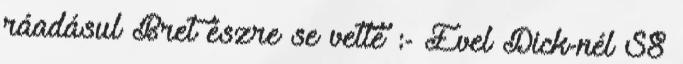
ráadásul Bret észre se vette :- Evel Dick-nél S8